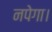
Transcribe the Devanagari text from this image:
नपेगा।